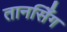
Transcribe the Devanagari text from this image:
तानसिँग